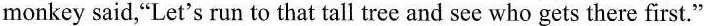
monkey said,"Let's run to that tall tree and see who gets there first."